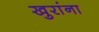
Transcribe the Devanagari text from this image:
खुरांना